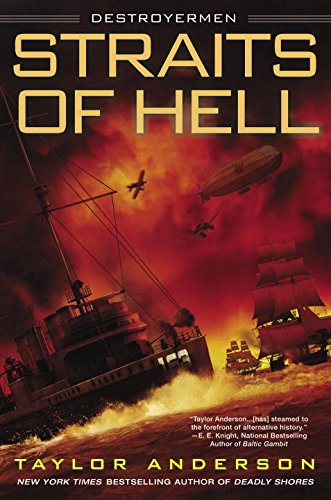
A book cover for Straits of Hell: Destroyermen; Taylor Anderson; Science Fiction & Fantasy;